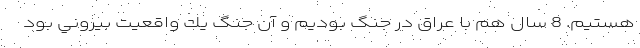
هستيم. 8 سال هم با عراق در جنگ بوديم و آن جنگ يك واقعيت بيروني بود